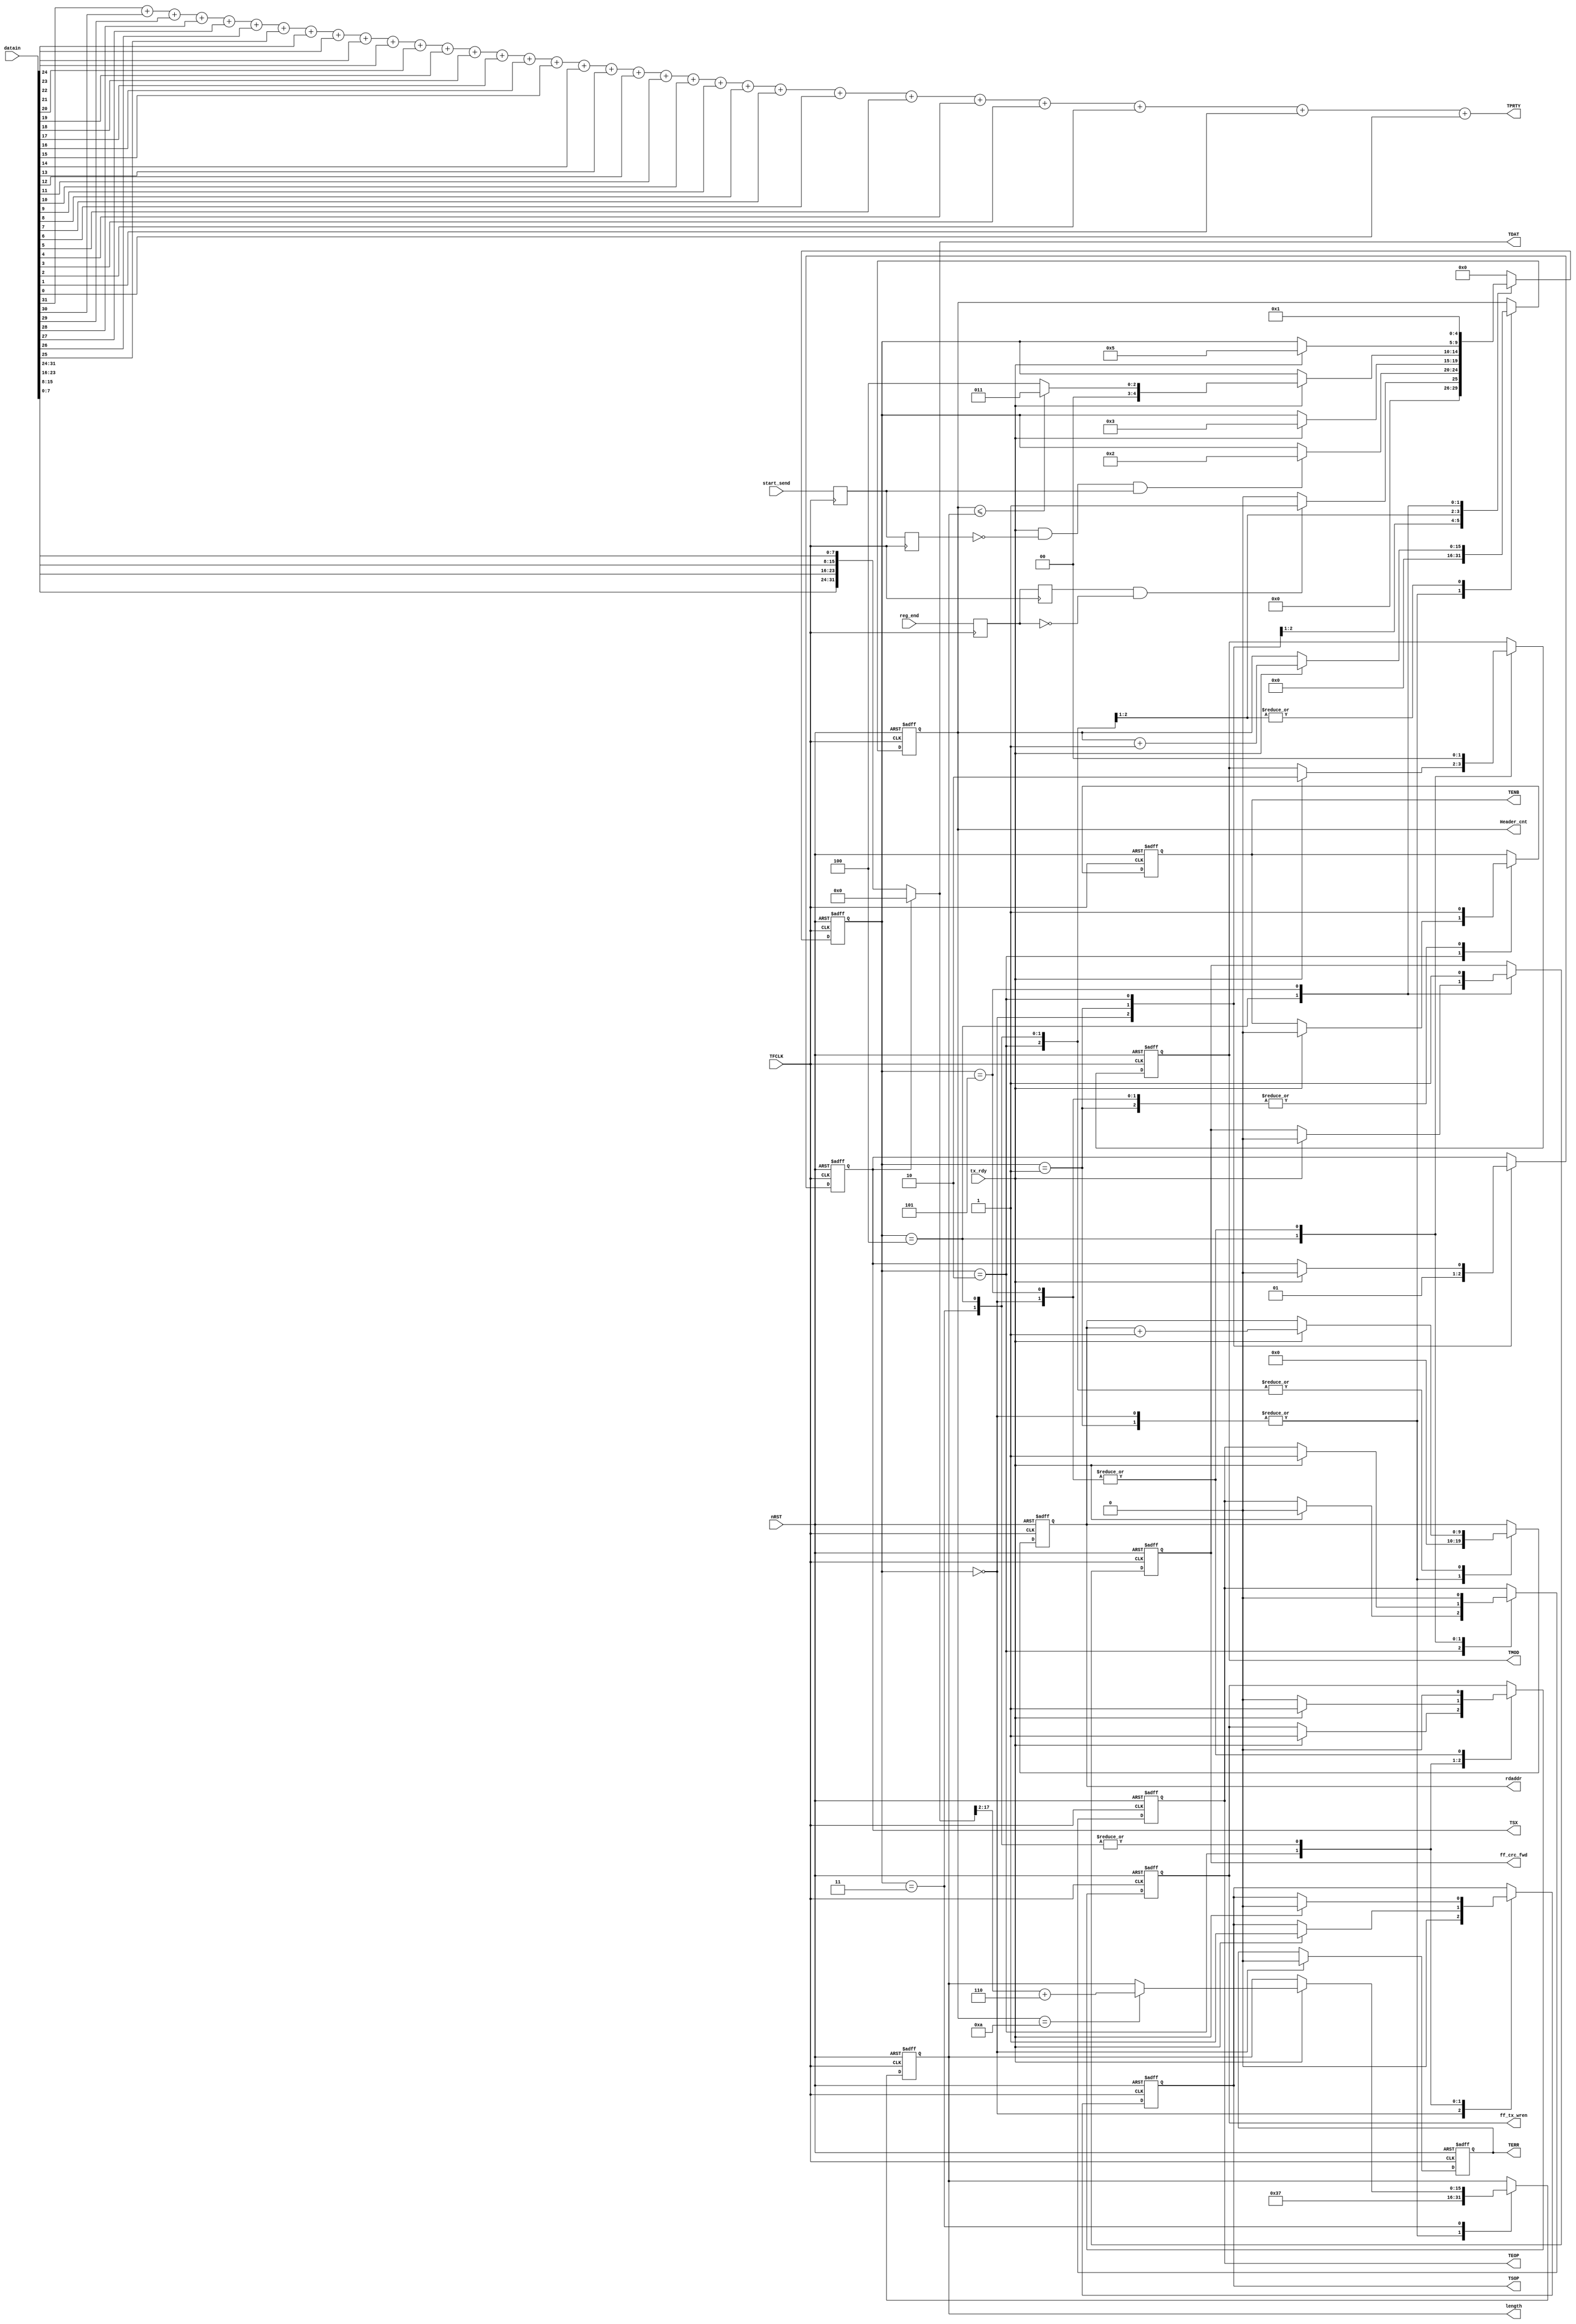
module dsp_engress(
		input TFCLK,
		input nRST,
		input reg_end,				//registers configuration concluded
		input[31:0] datain,			//data to be transmited 
		input tx_rdy,
		input start_send,
			
		output reg[9:0] rdaddr,		//data read address
		output reg TENB,			//transmit write enable 0 is valid.when TSX is asserted,TENB is 1.
		output reg TSX,
		output reg TSOP,
		output reg TEOP,
		output reg TERR,
		output reg [1:0]  TMOD,
		output [31:0] TDAT,
		output TPRTY,

		output reg ff_tx_wren,
		output reg ff_crc_fwd,

		output reg[15:0] length,
		output reg[15:0] Header_cnt
		);

reg[4:0] state;	

//====================syncronization for reg_end=============
reg q1,reg_end_syn;
reg [2:0] command_sync;
reg q4,reg_start_send;


always@(posedge TFCLK)
begin
	q1 <= reg_end;
	reg_end_syn <= q1;
end

always@(posedge TFCLK)
begin
	q4 <= start_send;
	reg_start_send <= q4;
end



assign TDAT = TSX?32'd0:({datain[7:0],datain[15:8],datain[23:16],datain[31:24]});

assign	TPRTY = datain[31]+datain[30]+datain[29]+datain[28]+datain[27]+datain[26]+datain[25]+datain[24]+
				datain[23]+datain[22]+datain[21]+datain[20]+datain[19]+datain[18]+datain[17]+datain[16]+
				datain[15]+datain[14]+datain[13]+datain[12]+datain[11]+datain[10]+datain[9]+datain[8]+
				datain[7]+datain[6]+datain[5]+datain[4]+datain[3]+datain[2]+datain[1]+datain[0];

parameter	Idle = 5'd0, Channel_Sel = 5'd1, StartFrame = 5'd2, Transfering = 5'd3, EndFrame = 5'd4, 
			Judge = 5'd5;

reg [24:0] count;
always@(posedge TFCLK or negedge nRST)
	if(!nRST)
		begin
			state <= Idle;
			length <= 16'd55;
			rdaddr <= 0;
			Header_cnt <= 16'd0;
			TENB <= 1'b1;
			TSX <= 1'b0;
			TSOP <= 1'b0;
			TEOP <= 1'b0;
			TERR <= 1'b0;
			TMOD <= 2'b00;
			ff_tx_wren <= 1'b0;
			ff_crc_fwd <= 1'b1;
			count<=0;
		end
	else 
		begin
			case(state)
				Idle:	                    //0
					begin
						ff_tx_wren <= 1'b0;
						rdaddr <= 0;
						Header_cnt <= 16'd0;
						length <= 16'd55;
						TENB <= 1'b1;
						TSX <= 1'b0;
						TSOP <= 1'b0;
						TEOP <= 1'b0;
						TERR <= 1'b0;
						TMOD <= 2'b00;		
						if(reg_end_syn==1 && q1==0)					//&&(command_sync==Open_cmd))//||opend)		
							begin
								state <= Channel_Sel;
							end
						else	
							begin
								state <= Idle;
							end
					end
				Channel_Sel:                //1
					begin		
						rdaddr <= 0;
						TENB <= 1'b1;
						TSX <= 1'b1;
						length <= 16'd55;
						Header_cnt <= 16'd0;
						if(tx_rdy & !reg_start_send & q4)
							state <= StartFrame;	//posedge
					end
				StartFrame:                 //2
					begin
						if(tx_rdy)
						begin
							ff_tx_wren <= 1'b1;
							TENB <= 1'b0;
							TSX <= 1'b0;
							TSOP <= 1'b1;
							TEOP <= 1'b0;
							rdaddr <= rdaddr+1'b1;
							Header_cnt <= Header_cnt+1'b1;
							state <= Transfering;
						end

					end
				Transfering:                 //3
					begin
						if(tx_rdy)
							begin
								ff_tx_wren <= 1'b1;
								TSOP <= 1'b0;
								rdaddr <= rdaddr+1'b1;
								Header_cnt <= Header_cnt+1'b1;                  //Header_cnt
								//if(Header_cnt==16'd10)length <= {2'd0,TDAT[31:2]}+16'd6;
								if(Header_cnt==16'd10)length <= TDAT[17:2]+16'd6;
								if(Header_cnt<=length)	
									begin
										state <= Transfering;
									end
								else	
									begin
										state <= EndFrame;
									end
							end
						else ff_tx_wren <= 1'b0;
							
					end
				EndFrame:                    //4
					begin
						if(tx_rdy)
						begin
							ff_tx_wren <= 1'b1;
							TSOP <= 1'b0;
							TEOP <= 1'b1;
							ff_crc_fwd <= 1'b0;
							TMOD <= 2'b10;
							rdaddr <= rdaddr+1'b1;
							state <= Judge;
						end
						else
							ff_tx_wren <= 1'b0;
					end
				Judge:                       //5
					begin
						TEOP <= 1'b0;
						TMOD <= 2'b00;
						TENB <= 1'b1;
						ff_crc_fwd <= 1'b1;
						ff_tx_wren <= 1'b0;
						state <= Channel_Sel;					
					end
							
				default:	state <= Idle;
			endcase
		end
							
endmodule